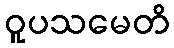
ဝူပသမေတိ